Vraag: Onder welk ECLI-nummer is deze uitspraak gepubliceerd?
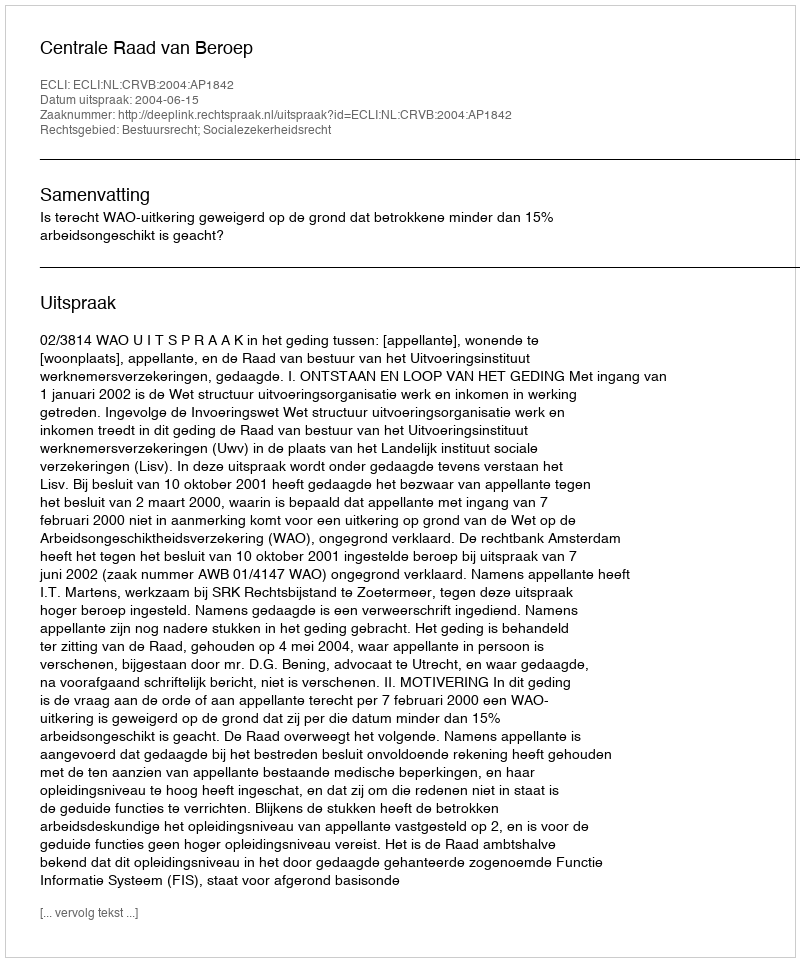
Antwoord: ECLI:NL:CRVB:2004:AP1842